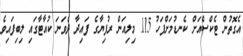
އެގޮތުން ޓެކްސްއަށް ކެނޑުމަށްފަހު 115 މިލިއަން ރުފިޔާގެ ފައިދާ ދެވަނަ ކުއާޓާގައި ލިބިފައިވެ